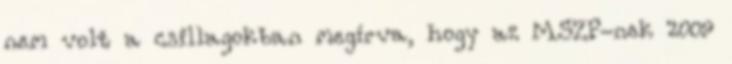
nem volt a csillagokban megírva, hogy az MSZP-nek 2009